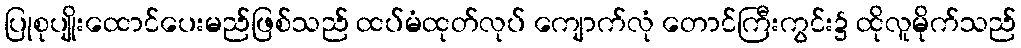
ပြုစုပျိုးထောင်ပေးမည်ဖြစ်သည် ထပ်မံထုတ်လုပ် ကျောက်လုံ တောင်ကြီးကွင်း၌ ထိုလူမိုက်သည်